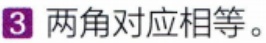
3 两角对应相等。